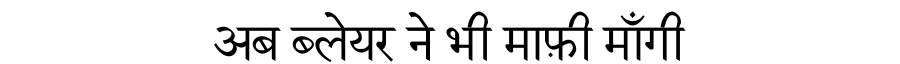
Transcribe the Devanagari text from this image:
अब ब्लेयर ने भी माफ़ी माँगी